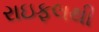
રાઇફલથી